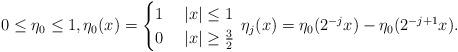
LaTeX: \begin{align*}0\le \eta_0\le 1, \eta_0(x) = \begin{cases}1& \; |x|\le 1 \\ 0& \; |x|\ge \frac{3}{2} \end{cases} \, \eta_j(x)= \eta_0(2^{-j}x) - \eta_0(2^{-j+1}x). \end{align*}